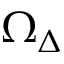
\Omega _ { \Delta }